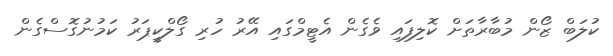
ކުލަބް ޒޯން މުބާރާތަށް ކޮލިފައި ވެގެން އެޓީމްގައި އޭރު ހުރި ގޯލްކީޕަރު ކަމުނުގޮސްގެން